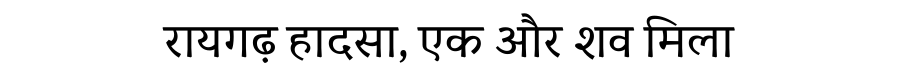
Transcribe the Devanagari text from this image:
रायगढ़ हादसा, एक और शव मिला